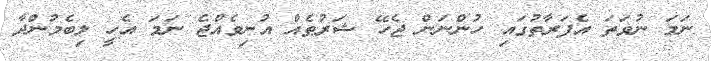
ނަމަ ނުވަތަ އެފަރާތުގައި ހުންނަން ޖެހޭ ޝަރުޠެއް އުނިވެއްޖެ ނަމަ އެހީ ލިބެމުންދާ